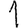
Digit: 1